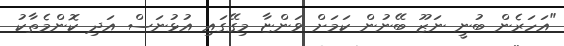
"އަހަރެން ބުނީ ނަޒޫ ބޭނުން ކަމަށް ވަންޏާ މިގޭގައި އުޅުނަސް އަދި ކޮންމެތާކު